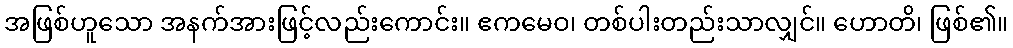
အဖြစ်ဟူသော အနက်အားဖြင့်လည်းကောင်း။ ဧကမေဝ၊ တစ်ပါးတည်းသာလျှင်။ ဟောတိ၊ ဖြစ်၏။